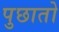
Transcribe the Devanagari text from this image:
पुछातो